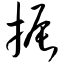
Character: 振